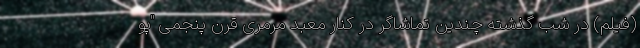
(فیلم) در شب گذشته چندین تماشاگر در کنار معبد مرمری قرن پنجمی "پو